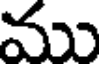
ము